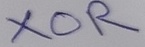
Text: XOR